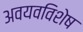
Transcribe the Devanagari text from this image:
अवयवविशेष